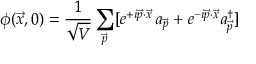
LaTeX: \phi ( \vec { x } , 0 ) = { \frac { 1 } { \sqrt { V } } } \sum _ { \vec { p } } [ e ^ { + i \vec { p } \cdot \vec { x } } \, a _ { \vec { p } } + e ^ { - i \vec { p } \cdot \vec { x } } a _ { \vec { p } } ^ { \dag } ]